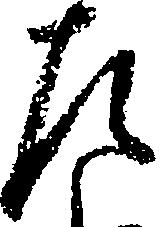
左